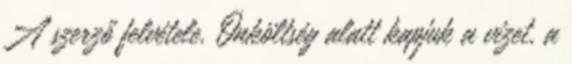
A szerző felvétele. Önköltség alatt kapjuk a vizet, a